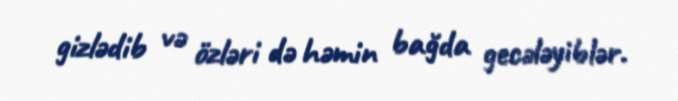
gizlədib və özləri də həmin bağda gecələyiblər.